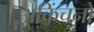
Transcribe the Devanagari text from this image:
अकिंचनों